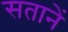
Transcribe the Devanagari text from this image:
सतानें